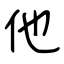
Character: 他